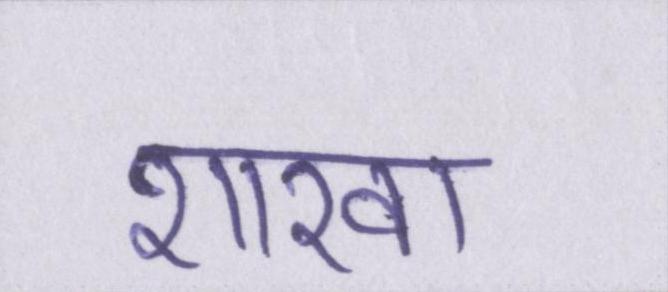
शाखा